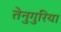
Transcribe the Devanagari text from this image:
तेनुगुरिया